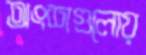
অংশগুলোয়